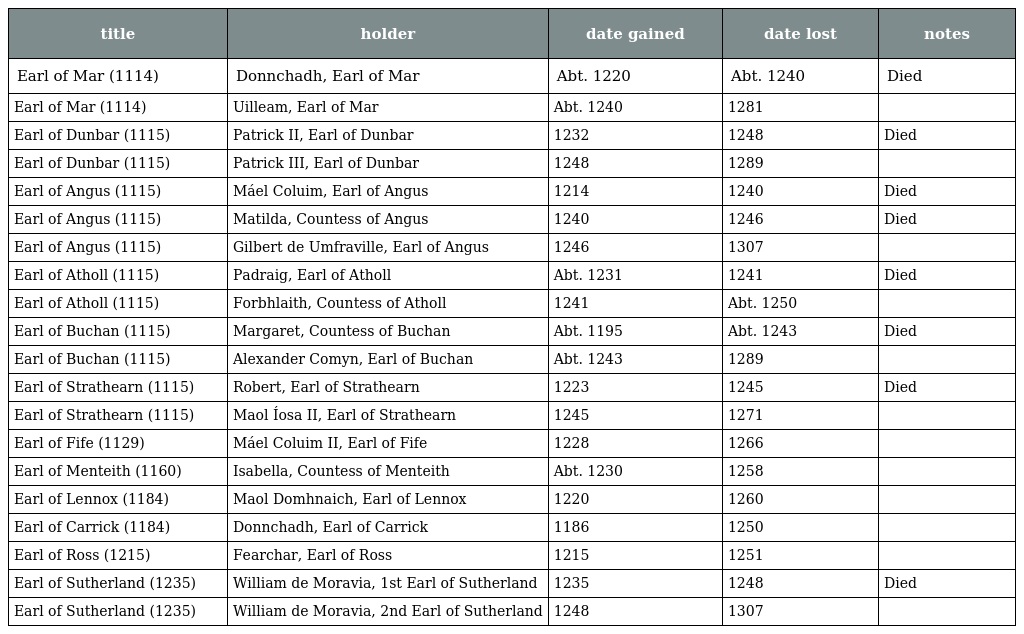
| title | holder | date gained | date lost | notes |
 | --- | --- | --- | --- | --- |
 | Earl of Mar (1114) | Donnchadh, Earl of Mar | Abt. 1220 | Abt. 1240 | Died |
 | Earl of Mar (1114) | Uilleam, Earl of Mar | Abt. 1240 | 1281 |  |
 | Earl of Dunbar (1115) | Patrick II, Earl of Dunbar | 1232 | 1248 | Died |
 | Earl of Dunbar (1115) | Patrick III, Earl of Dunbar | 1248 | 1289 |  |
 | Earl of Angus (1115) | Máel Coluim, Earl of Angus | 1214 | 1240 | Died |
 | Earl of Angus (1115) | Matilda, Countess of Angus | 1240 | 1246 | Died |
 | Earl of Angus (1115) | Gilbert de Umfraville, Earl of Angus | 1246 | 1307 |  |
 | Earl of Atholl (1115) | Padraig, Earl of Atholl | Abt. 1231 | 1241 | Died |
 | Earl of Atholl (1115) | Forbhlaith, Countess of Atholl | 1241 | Abt. 1250 |  |
 | Earl of Buchan (1115) | Margaret, Countess of Buchan | Abt. 1195 | Abt. 1243 | Died |
 | Earl of Buchan (1115) | Alexander Comyn, Earl of Buchan | Abt. 1243 | 1289 |  |
 | Earl of Strathearn (1115) | Robert, Earl of Strathearn | 1223 | 1245 | Died |
 | Earl of Strathearn (1115) | Maol Íosa II, Earl of Strathearn | 1245 | 1271 |  |
 | Earl of Fife (1129) | Máel Coluim II, Earl of Fife | 1228 | 1266 |  |
 | Earl of Menteith (1160) | Isabella, Countess of Menteith | Abt. 1230 | 1258 |  |
 | Earl of Lennox (1184) | Maol Domhnaich, Earl of Lennox | 1220 | 1260 |  |
 | Earl of Carrick (1184) | Donnchadh, Earl of Carrick | 1186 | 1250 |  |
 | Earl of Ross (1215) | Fearchar, Earl of Ross | 1215 | 1251 |  |
 | Earl of Sutherland (1235) | William de Moravia, 1st Earl of Sutherland | 1235 | 1248 | Died |
 | Earl of Sutherland (1235) | William de Moravia, 2nd Earl of Sutherland | 1248 | 1307 |  |